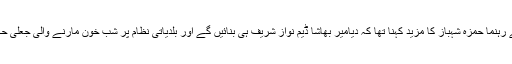
پاکستان مسلم لیگ ن کے رہنما حمزہ شہباز کا مزید کہنا تھا کہ دیامیر بھاشا ڈیم نواز شریف ہی بنائیں گے اور بلدیاتی نظام پر شب خون مارنے والی جعلی حکومت کی پسپائی ہوگی۔